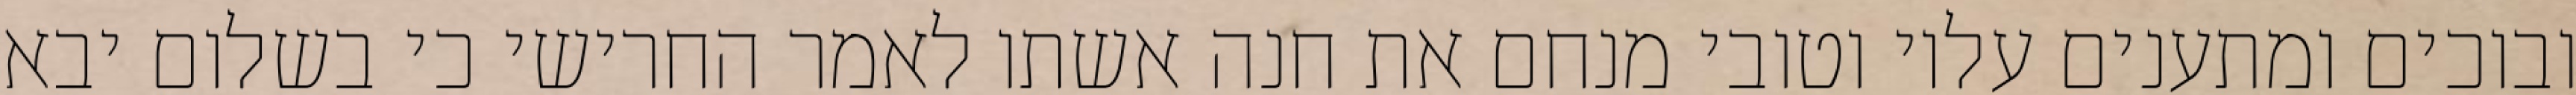
ובוכים ומתענים עליו וטובי מנחם את חנה אשתו לאמר החרישי כי בשלום יבא